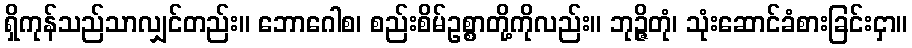
ရှိကုန်သည်သာလျှင်တည်း။ ဘောဂေါစ၊ စည်းစိမ်ဥစ္စာတို့ကိုလည်း။ ဘုဉ္ဇိတုံ၊ သုံးဆောင်ခံစားခြင်းငှာ။